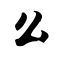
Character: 么